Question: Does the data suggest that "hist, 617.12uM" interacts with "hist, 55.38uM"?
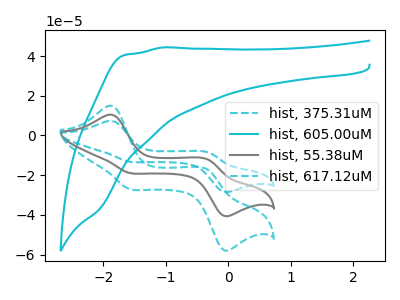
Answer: <think>The cyan dashed curve "hist, 375.31uM" has anodic peaks at (-1.85V, 21.00uA) (-0.35V, -23.80uA) and cathodic peaks at (-1.60V, -37.75uA) (-0.05V, -80.90uA). The cyan curve "hist, 605.00uM" has no peaks. The gray curve "hist, 55.38uM" has anodic peaks at (-1.85V, 10.50uA) (-0.35V, -11.90uA) and cathodic peaks at (-1.60V, -18.85uA) (-0.05V, -40.45uA). The cyan dashed curve "hist, 617.12uM" has anodic peaks at (-1.85V, 15.00uA) (-0.35V, -17.00uA) and cathodic peaks at (-1.60V, -26.95uA) (-0.05V, -57.75uA).
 All the peaks in "hist, 617.12uM" have a peak in "hist, 55.38uM" at the same potential.</think>
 <answer>No, "hist, 617.12uM" and "hist, 55.38uM" don't appear to be significantly different in shape</answer>
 <eval>no_change</eval>